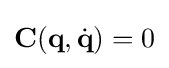
\mathbf {C} (\mathbf {q} ,{\dot {\mathbf {q} }})=0